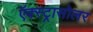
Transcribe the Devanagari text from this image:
ऍक्स्ट्रासोलर